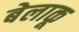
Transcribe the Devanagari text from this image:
बेलाकू